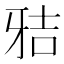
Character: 𰠢